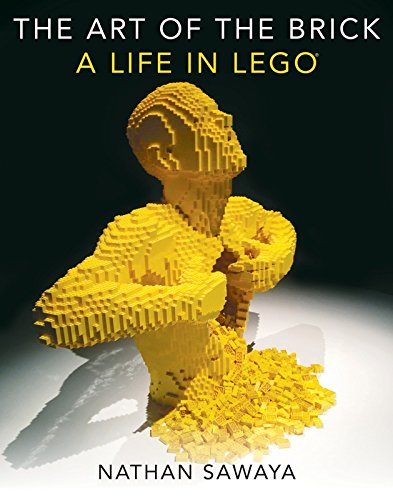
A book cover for The Art of the Brick: A Life in LEGO; Nathan Sawaya; Crafts, Hobbies & Home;